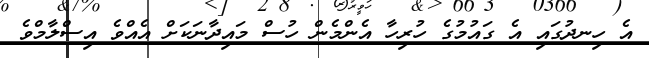
އެ ހިނދުގައި އެ ގައުމުގެ ހުރިހާ އެންމެން ހުސް މައިދާނަކަށް އެއްވެ އިސްލާމްވެ